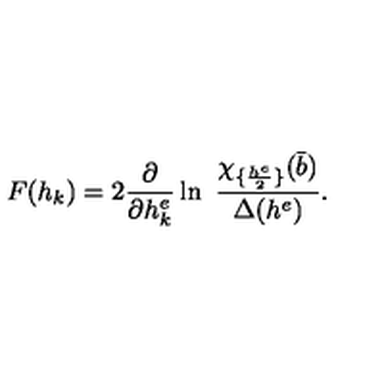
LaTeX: F ( h _ { k } ) = 2 { \frac { \partial } { \partial h _ { k } ^ { e } } } \ln \ { \frac { \chi _ { \{ { \frac { h ^ { e } } { 2 } } \} } ( { \bar { b } } ) } { \Delta ( h ^ { e } ) } } .